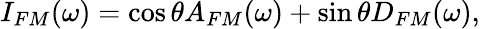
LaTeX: I_{FM}(\omega)=\cos\theta A_{FM}(\omega)+\sin\theta D_{FM}(\omega),